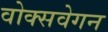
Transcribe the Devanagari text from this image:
वोक्सवेगन